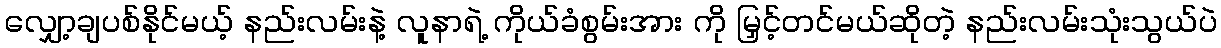
လျှော့ချပစ်နိုင်မယ့် နည်းလမ်းနဲ့ လူနာရဲ့ ကိုယ်ခံစွမ်းအား ကို မြှင့်တင်မယ်ဆိုတဲ့ နည်းလမ်းသုံးသွယ်ပဲ